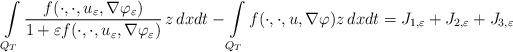
LaTeX: \begin{align*} \int\limits_{Q_T}\frac{f(\cdot,\cdot,u_\varepsilon,\nabla\varphi_\varepsilon)}{1+\varepsilon f(\cdot,\cdot,u_\varepsilon,\nabla \varphi_\varepsilon)}\,z\,dxdt-\int\limits_{Q_T}f(\cdot,\cdot,u,\nabla\varphi)z\,dxdt=J_{1,\varepsilon}+ J_{2,\varepsilon}+J_{3,\varepsilon} \end{align*}